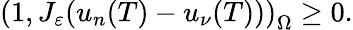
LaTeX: \left(1,J_{\varepsilon}(u_{n}(T)-u_{\nu}(T))\right)_{\Omega}\geq 0.